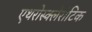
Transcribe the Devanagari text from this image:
एथरोस्क्लेरॉटिक